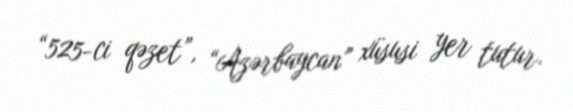
“525-ci qəzet”, “Azərbaycan” xüsusi yer tutur.